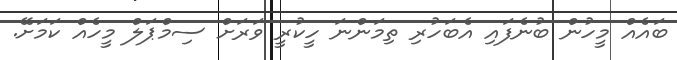
ބައެއް މީހުން ބުނެފައި އެބަހުރި ތިމަންނަ ހީކުރީ ވަރަށް ސިމްޕަލް މީހެއް ކަމަށޭ.